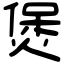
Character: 煲